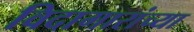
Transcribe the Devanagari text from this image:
विदागारांच्या